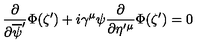
\frac { \partial } { \partial \overline { { \psi } } ^ { \prime } } \Phi ( \zeta ^ { \prime } ) + i \gamma ^ { \mu } \psi \frac { \partial } { \partial \eta ^ { \prime } { } ^ { \mu } } \Phi ( \zeta ^ { \prime } ) = 0